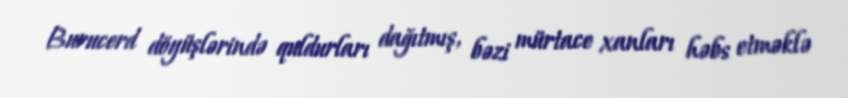
Burucerd döyüşlərində quldurları dağıtmış, bəzi mürtace xanları həbs etməklə